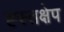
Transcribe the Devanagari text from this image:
ह्स्तक्षेप